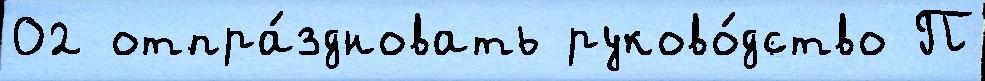
02 отпра́здновать руково́дство П